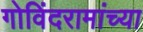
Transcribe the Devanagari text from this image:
गोविंदरामांच्या